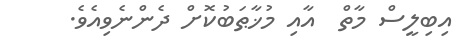
އިބިލީސް މާތް  އާއި މުޚާޠަބުކޮށް ދެންނެވިއެވެ.